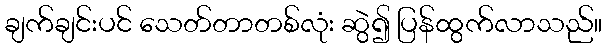
ချက်ချင်းပင် သေတ်တာတစ်လုံး ဆွဲ၍ ပြန်ထွက်လာသည်။